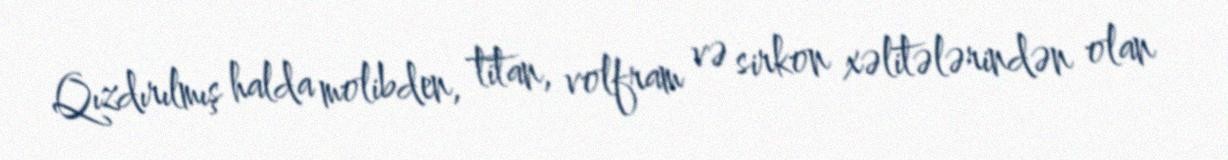
Qızdırılmış halda molibden, titan, volfram və sirkon xəlitələrindən olan